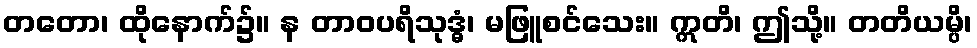
တတော၊ ထိုနောက်၌။ န တာဝပရိသုဒ္ဓံ၊ မဖြူစင်သေး။ ဣတိ၊ ဤသို့။ တတိယမ္ပိ၊